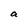
Character: a